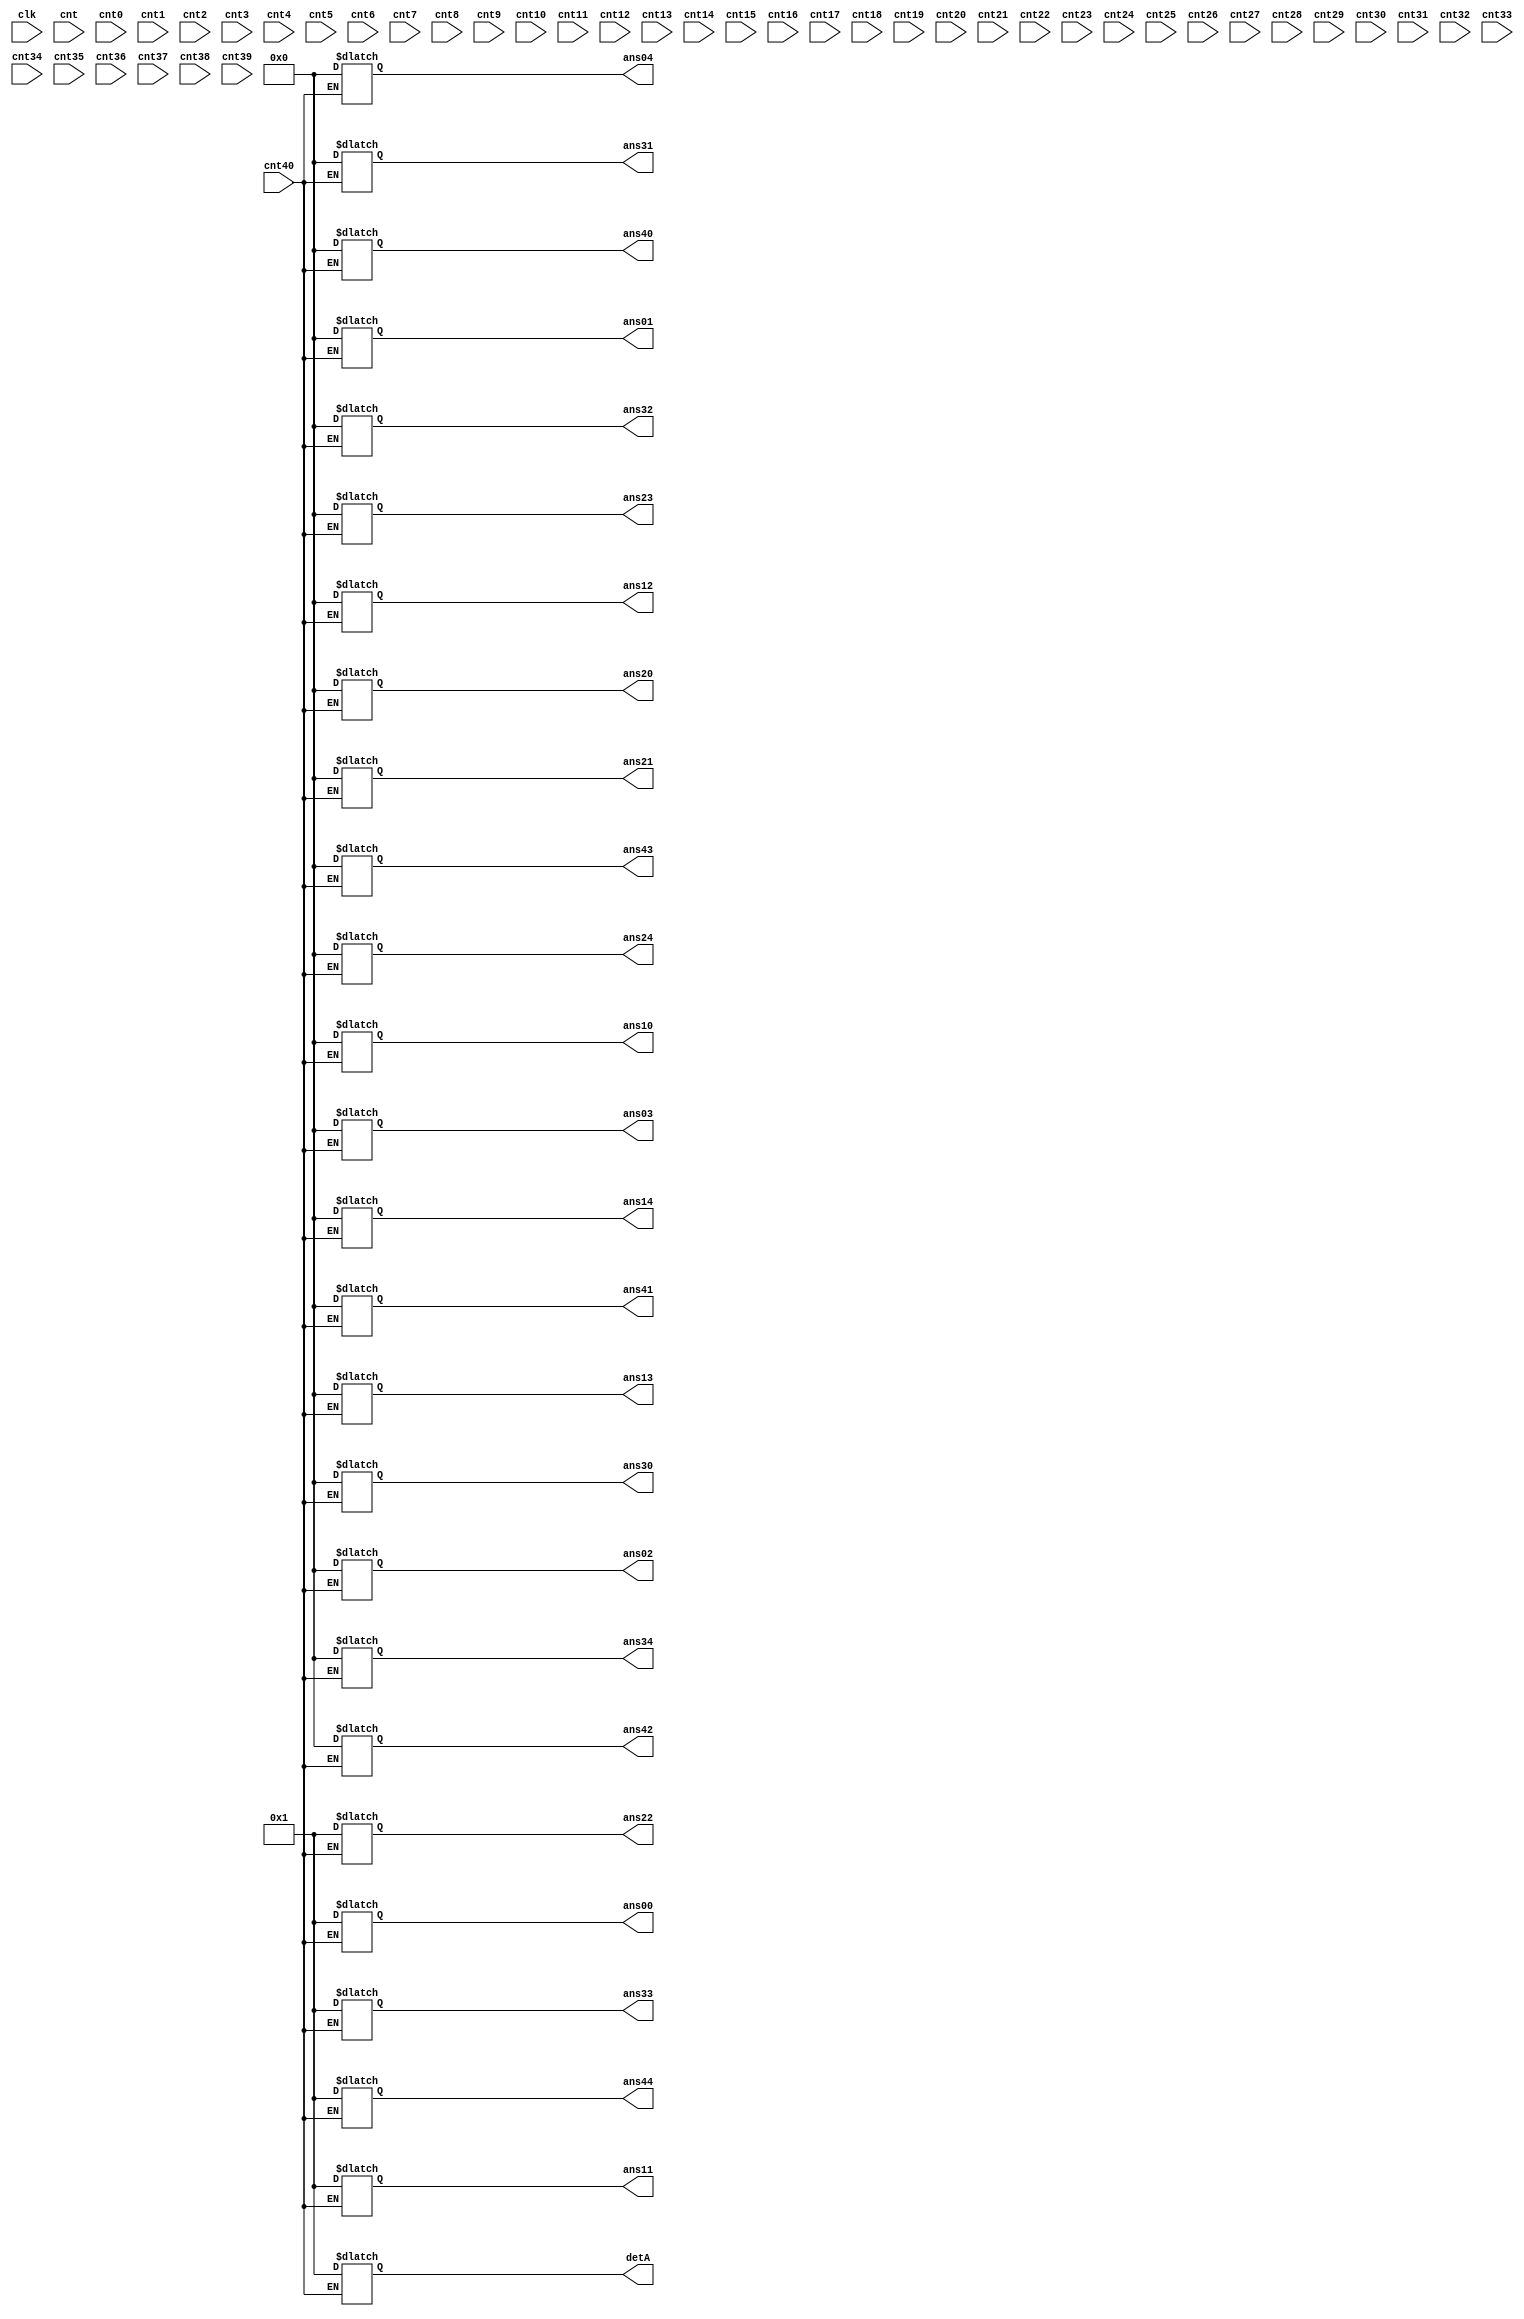
`timescale 1ns / 1ps
//////////////////////////////////////////////////////////////////////////////////
//
//
//A code which gave us Inverse of a Matrix
//
//SPECIFICATIONS : 
//		this code gives the elements of inverse matrix and its co-officient inverse
//		User can have Inverse Matrix doing inverse multiplication of DetA with output matrix
//		This output matrix is inverse of our defined matrix in varilog code
//		We can get Inverse of different matrix with changing inputs from verilog code
//		Here, ans__ is output matrix 
//		Bigger the inputs of the matrix Bigger the Detrminent and Getting the inverse matrix is more difficult
//////////////////////////////////////////////////////////////////////////////////
module matrixInversion(clk ,cnt ,cnt40 , cnt0 , cnt1 ,cnt2 ,cnt3 , cnt4 ,cnt5 ,cnt6 ,cnt7 ,cnt8 ,cnt9,cnt10 , cnt11 ,cnt12 ,cnt13 , cnt14 ,cnt15 ,cnt16 ,cnt17 ,cnt18 ,cnt19,cnt20 , cnt21 ,cnt22 ,cnt23 , cnt24 ,cnt25 ,cnt26 ,cnt27 ,cnt28 ,cnt29,cnt30 , cnt31 ,cnt32 ,cnt33 , cnt34 ,cnt35 ,cnt36 ,cnt37 ,cnt38 ,cnt39,
		detA, ans00 , ans01 , ans02, ans03, ans04, ans10 , ans11 , ans12, ans13, ans14, ans20 , ans21 , ans22, ans23, ans24, ans30 , ans31 , ans32, ans33, ans34, ans40 , ans41 , ans42, ans43, ans44);

input clk;

reg [63:0] matrix [0:24];

output reg [63:0] ans00 , ans01 , ans02, ans03, ans04;
output reg [63:0] ans10 , ans11 , ans12, ans13, ans14;
output reg [63:0] ans20 , ans21 , ans22, ans23, ans24;
output reg [63:0] ans30 , ans31 , ans32, ans33, ans34;
output reg [63:0] ans40 , ans41 , ans42, ans43, ans44;
output reg [63:0] detA;

reg [63:0] a00 , a01 , a02 , a03 , a04 ,a05 , a06 , a07 , a08 , a09;
reg [63:0] a11 , a12 , a13 , a14 , a10 ,a15 , a16 , a17 , a18 , a19;
reg [63:0] a21 , a22 , a23 , a24 , a20 ,a25 , a26 , a27 , a28 , a29;
reg [63:0] a31 , a32 , a33 , a34 , a30 ,a35 , a36 , a37 , a38 , a39;
reg [63:0] a40 , a41 , a42 , a43 , a44 ,a45 , a46 , a47 , a48 , a49;

input cnt , cnt40;
input cnt0 , cnt1 ,cnt2 ,cnt3 , cnt4 ,cnt5 ,cnt6 ,cnt7 ,cnt8 ,cnt9;
input cnt10 , cnt11 ,cnt12 ,cnt13 , cnt14 ,cnt15 ,cnt16 ,cnt17 ,cnt18 ,cnt19;
input cnt20 , cnt21 ,cnt22 ,cnt23 , cnt24 ,cnt25 ,cnt26 ,cnt27 ,cnt28 ,cnt29;
input cnt30 , cnt31 ,cnt32 ,cnt33 , cnt34 ,cnt35 ,cnt36 ,cnt37 ,cnt38 ,cnt39;

always@(cnt)
begin
	a00 = 1;
	a01 = 2;
	a02 = 0;
	a03 = 0;
	a04 = 0;

	a05 = 1;
	a06 = 0;
	a07 = 0;
	a08 = 0;
	a09 = 0;


	a10 = 0;
	a11 = 1;
	a12 = 6;
	a13 = 0;
	a14 = 0;

	a15 = 0;
	a16 = 1;
	a17 = 0;
	a18 = 0;
	a19 = 0;


	a20 = 2;
	a21 = 0;
	a22 = 1;
	a23 = 0;
	a24 = 2;

	a25 = 0;
	a26 = 0;
	a27 = 1;
	a28 = 0;
	a29 = 0;


	a30 = 0;
	a31 = 0;
	a32 = 0;
	a33 = 1;
	a34 = 0;

	a35 = 0;
	a36 = 0;
	a37 = 0;
	a38 = 1;
	a39 = 0;


	a40 = 0;
	a41 = 0;
	a42 = 0;
	a43 = 0;
	a44 = 1;

	a45 = 0;
	a46 = 0;
	a47 = 0;
	a48 = 0;
	a49 = 1;

	//cnt0 = 1;

end
////////////////////////////////////////////////////////
/////////
////////////////////////////////////////////////////////

always@(cnt0)
begin 

	if(a10!=0)
	begin
	a00 <= a00 * a10;
	a01 <= a01 * a10;
	a02 <= a02 * a10;
	a03 <= a03 * a10;
	a04 <= a04 * a10;
	a05 <= a05 * a10;
	a06 <= a06 * a10;
	a07 <= a07 * a10;
	a08 <= a08 * a10;
	a09 <= a09 * a10;

	a10 <= a10 * a00;
	a11 <= a11 * a00;
	a12 <= a12 * a00;
	a13 <= a13 * a00;
	a14 <= a14 * a00;
	a15 <= a15 * a00;
	a16 <= a16 * a00;
	a17 <= a17 * a00;
	a18 <= a18 * a00;
	a19 <= a19 * a00;
	end
	//cnt1= 1;
end

always@(cnt1)
begin
	if(a10!=0)
	begin
	a10 <= a10-a00;
	a11 <= a11-a01;
	a12 <= a12-a02;
	a13 <= a13-a03;
	a14 <= a14-a04;
	a15 <= a15-a05;
	a16 <= a16-a06;
	a17 <= a17-a07;
	a18 <= a18-a08;
	a19 <= a19-a09;
	end
	//cnt2 = 1;
end

always@(cnt2)
begin
	if(a20 != 0)
	begin
	a00 <= a00 * a20;
	a01 <= a01 * a20;
	a02 <= a02 * a20;
	a03 <= a03 * a20;
	a04 <= a04 * a20;
	a05 <= a05 * a20;
	a06 <= a06 * a20;
	a07 <= a07 * a20;
	a08 <= a08 * a20;
	a09 <= a09 * a20;

	a20 <= a20 * a00;
	a21 <= a21 * a00;
	a22 <= a22 * a00;
	a23 <= a23 * a00;
	a24 <= a24 * a00;
	a25 <= a25 * a00;
	a26 <= a26 * a00;
	a27 <= a27 * a00;
	a28 <= a28 * a00;
	a29 <= a29 * a00;
	end
	//cnt3 = 1;
end

always@(cnt3)
begin
	if(a20 != 0)
	begin

	a20 <= a20-a00;
	a21 <= a21-a01;
	a22 <= a22-a02;
	a23 <= a23-a03;
	a24 <= a24-a04;
	a25 <= a25-a05;
	a26 <= a26-a06;
	a27 <= a27-a07;
	a28 <= a28-a08;
	a29 <= a29-a09;
	end
	//cnt4 = 1;
end


always@(cnt4)
begin
	if(a30 != 0)
	begin
	
	a00 <= a00 * a30;
	a01 <= a01 * a30;
	a02 <= a02 * a30;
	a03 <= a03 * a30;
	a04 <= a04 * a30;
	a05 <= a05 * a30;
	a06 <= a06 * a30;
	a07 <= a07 * a30;
	a08 <= a08 * a30;
	a09 <= a09 * a30;

	a30 <= a30 * a00;
	a31 <= a31 * a00;
	a32 <= a32 * a00;
	a33 <= a33 * a00;
	a34 <= a34 * a00;
	a35 <= a35 * a00;
	a36 <= a36 * a00;
	a37 <= a37 * a00;
	a38 <= a38 * a00;
	a39 <= a39 * a00;
	end
	//cnt5 = 1;
end

always@(cnt5)
begin
	if(a30 != 0)
	begin

	a30 <= a30-a00;
	a31 <= a31-a01;
	a32 <= a32-a02;
	a33 <= a33-a03;
	a34 <= a34-a04;
	a35 <= a35-a05;
	a36 <= a36-a06;
	a37 <= a37-a07;
	a38 <= a38-a08;
	a39 <= a39-a09;
	end
	//cnt6 = 1;
end


always@(cnt6)
begin
	if(a40 != 0)
	begin
	
	a00 <= a00 * a40;
	a01 <= a01 * a40;
	a02 <= a02 * a40;
	a03 <= a03 * a40;
	a04 <= a04 * a40;
	a05 <= a05 * a40;
	a06 <= a06 * a40;
	a07 <= a07 * a40;
	a08 <= a08 * a40;
	a09 <= a09 * a40;

	a40 <= a40 * a00;
	a41 <= a41 * a00;
	a42 <= a42 * a00;
	a43 <= a43 * a00;
	a44 <= a44 * a00;
	a45 <= a45 * a00;
	a46 <= a46 * a00;
	a47 <= a47 * a00;
	a48 <= a48 * a00;
	a49 <= a49 * a00;
	end
	//cnt7 = 1;
end

always@(cnt7)
begin
	if(a40 != 0)
	begin

	a40 <= a40-a00;
	a41 <= a41-a01;
	a42 <= a42-a02;
	a43 <= a43-a03;
	a44 <= a44-a04;
	a45 <= a45-a05;
	a46 <= a46-a06;
	a47 <= a47-a07;
	a48 <= a48-a08;
	a49 <= a49-a09;
	end
	//cnt8 = 1;
end

/////////////////////////////////////////////////////

always@(cnt8)
begin
	if(a21 != 0)
	begin
	
	a10 <= a10 * a21;
	a11 <= a11 * a21;
	a12 <= a12 * a21;
	a13 <= a13 * a21;
	a14 <= a14 * a21;
	a15 <= a15 * a21;
	a16 <= a16 * a21;
	a17 <= a17 * a21;
	a18 <= a18 * a21;
	a19 <= a19 * a21;

	a20 <= a20 * a11;
	a21 <= a21 * a11;
	a22 <= a22 * a11;
	a23 <= a23 * a11;
	a24 <= a24 * a11;
	a25 <= a25 * a11;
	a26 <= a26 * a11;
	a27 <= a27 * a11;
	a28 <= a28 * a11;
	a29 <= a29 * a11;
	end
	//cnt9 = 1;
end

always@(cnt9)
begin
	if(a21 != 0)
	begin

	a20 <= a20-a10;
	a21 <= a21-a11;
	a22 <= a22-a12;
	a23 <= a23-a13;
	a24 <= a24-a14;
	a25 <= a25-a15;
	a26 <= a26-a16;
	a27 <= a27-a17;
	a28 <= a28-a18;
	a29 <= a29-a19;
	end
	//cnt10 = 1;
end

always@(cnt10)
begin
	if(a31 != 0)
	begin
	
	a10 <= a10 * a31;
	a11 <= a11 * a31;
	a12 <= a12 * a31;
	a13 <= a13 * a31;
	a14 <= a14 * a31;
	a15 <= a15 * a31;
	a16 <= a16 * a31;
	a17 <= a17 * a31;
	a18 <= a18 * a31;
	a19 <= a19 * a31;

	a30 <= a30 * a11;
	a31 <= a31 * a11;
	a32 <= a32 * a11;
	a33 <= a33 * a11;
	a34 <= a34 * a11;
	a35 <= a35 * a11;
	a36 <= a36 * a11;
	a37 <= a37 * a11;
	a38 <= a38 * a11;
	a39 <= a39 * a11;
	end
	//cnt11 = 1;
end

always@(cnt11)
begin
	if(a31 != 0)
	begin

	a30 <= a30-a10;
	a31 <= a31-a11;
	a32 <= a32-a12;
	a33 <= a33-a13;
	a34 <= a34-a14;
	a35 <= a35-a15;
	a36 <= a36-a16;
	a37 <= a37-a17;
	a38 <= a38-a18;
	a39 <= a39-a19;
	end
	//cnt12 = 1;
end

always@(cnt12)
begin
	if(a41 != 0)
	begin
	
	a10 <= a10 * a41;
	a11 <= a11 * a41;
	a12 <= a12 * a41;
	a13 <= a13 * a41;
	a14 <= a14 * a41;
	a15 <= a15 * a41;
	a16 <= a16 * a41;
	a17 <= a17 * a41;
	a18 <= a18 * a41;
	a19 <= a19 * a41;

	a40 <= a40 * a11;
	a41 <= a41 * a11;
	a42 <= a42 * a11;
	a43 <= a43 * a11;
	a44 <= a44 * a11;
	a45 <= a45 * a11;
	a46 <= a46 * a11;
	a47 <= a47 * a11;
	a48 <= a48 * a11;
	a49 <= a49 * a11;
	end
	//cnt13 = 1;
end

always@(cnt13)
begin
	if(a41 != 0)
	begin

	a40 <= a40-a10;
	a41 <= a41-a11;
	a42 <= a42-a12;
	a43 <= a43-a13;
	a44 <= a44-a14;
	a45 <= a45-a15;
	a46 <= a46-a16;
	a47 <= a47-a17;
	a48 <= a48-a18;
	a49 <= a49-a19;
	end
	//cnt14 = 1;
end

//////////////////////////////////////////////////

always@(cnt14)
begin
	if(a32 != 0)
	begin
	
	a20 <= a20 * a32;
	a21 <= a21 * a32;
	a22 <= a22 * a32;
	a23 <= a23 * a32;
	a24 <= a24 * a32;
	a25 <= a25 * a32;
	a26 <= a26 * a32;
	a27 <= a27 * a32;
	a28 <= a28 * a32;
	a29 <= a29 * a32;

	a30 <= a30 * a22;
	a31 <= a31 * a22;
	a32 <= a32 * a22;
	a33 <= a33 * a22;
	a34 <= a34 * a22;
	a35 <= a35 * a22;
	a36 <= a36 * a22;
	a37 <= a37 * a22;
	a38 <= a38 * a22;
	a39 <= a39 * a22;
	end
	//cnt15 = 1;
end

always@(cnt15)
begin
	if(a32 != 0)
	begin

	a30 <= a30-a20;
	a31 <= a31-a21;
	a32 <= a32-a22;
	a33 <= a33-a23;
	a34 <= a34-a24;
	a35 <= a35-a25;
	a36 <= a36-a26;
	a37 <= a37-a27;
	a38 <= a38-a28;
	a39 <= a39-a29;
	end
	//cnt16 = 1;
end

always@(cnt16)
begin
	if(a42 != 0)
	begin
	
	a20 <= a20 * a42;
	a21 <= a21 * a42;
	a22 <= a22 * a42;
	a23 <= a23 * a42;
	a24 <= a24 * a42;
	a25 <= a25 * a42;
	a26 <= a26 * a42;
	a27 <= a27 * a42;
	a28 <= a28 * a42;
	a29 <= a29 * a42;

	a40 <= a40 * a22;
	a41 <= a41 * a22;
	a42 <= a42 * a22;
	a43 <= a43 * a22;
	a44 <= a44 * a22;
	a45 <= a45 * a22;
	a46 <= a46 * a22;
	a47 <= a47 * a22;
	a48 <= a48 * a22;
	a49 <= a49 * a22;
	end
	//cnt17 = 1;
end

always@(cnt17)
begin
	if(a42 != 0)
	begin

	a40 <= a40-a20;
	a41 <= a41-a21;
	a42 <= a42-a22;
	a43 <= a43-a23;
	a44 <= a44-a24;
	a45 <= a45-a25;
	a46 <= a46-a26;
	a47 <= a47-a27;
	a48 <= a48-a28;
	a49 <= a49-a29;
	end
	//cnt18 = 1;
end


//////////////////////////////////////////////////

always@(cnt18)
begin
	if(a43 != 0)
	begin
	
	a30 <= a30 * a43;
	a31 <= a31 * a43;
	a32 <= a32 * a43;
	a33 <= a33 * a43;
	a34 <= a34 * a43;
	a35 <= a35 * a43;
	a36 <= a36 * a43;
	a37 <= a37 * a43;
	a38 <= a38 * a43;
	a39 <= a39 * a43;

	a40 <= a40 * a33;
	a41 <= a41 * a33;
	a42 <= a42 * a33;
	a43 <= a43 * a33;
	a44 <= a44 * a33;
	a45 <= a45 * a33;
	a46 <= a46 * a33;
	a47 <= a47 * a33;
	a48 <= a48 * a33;
	a49 <= a49 * a33;
	end
	//cnt19 = 1;
end

always@(cnt19)
begin
	if(a43 != 0)
	begin

	a40 <= a40-a30;
	a41 <= a41-a31;
	a42 <= a42-a32;
	a43 <= a43-a33;
	a44 <= a44-a34;
	a45 <= a45-a35;
	a46 <= a46-a36;
	a47 <= a47-a37;
	a48 <= a48-a38;
	a49 <= a49-a39;
	end
	//cnt20 = 1;
end

//////////////////////////////////////////////////////////
/////////
//////////////////////////////////////////////////////////

always@(cnt20)
begin
	if(a34 != 0)
	begin 

	a40 <= a40 * a34;
	a41 <= a41 * a34;
	a42 <= a42 * a34;
	a43 <= a43 * a34;
	a44 <= a44 * a34;
	a45 <= a45 * a34;
	a46 <= a46 * a34;
	a47 <= a47 * a34;
	a48 <= a48 * a34;
	a49 <= a49 * a34;
	
	a30 <= a30 * a44;
	a31 <= a31 * a44;
	a32 <= a32 * a44;
	a33 <= a33 * a44;
	a34 <= a34 * a44;
	a35 <= a35 * a44;
	a36 <= a36 * a44;
	a37 <= a37 * a44;
	a38 <= a38 * a44;
	a39 <= a39 * a44;
	end
	//cnt21 = 1;
end

always@(cnt21)
begin
	if(a34 != 0)
	begin
	
	a30 <= a30-a40;
	a31 <= a31-a41;
	a32 <= a32-a42;
	a33 <= a33-a43;
	a34 <= a34-a44;
	a35 <= a35-a45;
	a36 <= a36-a46;
	a37 <= a37-a47;
	a38 <= a38-a48;
	a39 <= a39-a49;
	end
	//cnt22 = 1;
end

always@(cnt22)
begin
	if(a24 != 0)
	begin 

	a40 <= a40 * a24;
	a41 <= a41 * a24;
	a42 <= a42 * a24;
	a43 <= a43 * a24;
	a44 <= a44 * a24;
	a45 <= a45 * a24;
	a46 <= a46 * a24;
	a47 <= a47 * a24;
	a48 <= a48 * a24;
	a49 <= a49 * a24;
	
	a20 <= a20 * a44;
	a21 <= a21 * a44;
	a22 <= a22 * a44;
	a23 <= a23 * a44;
	a24 <= a24 * a44;
	a25 <= a25 * a44;
	a26 <= a26 * a44;
	a27 <= a27 * a44;
	a28 <= a28 * a44;
	a29 <= a29 * a44;
	end
	//cnt23 = 1;
end

always@(cnt23)
begin
	if(a24 != 0)
	begin
	
	a20 <= a20-a40;
	a21 <= a21-a41;
	a22 <= a22-a42;
	a23 <= a23-a43;
	a24 <= a24-a44;
	a25 <= a25-a45;
	a26 <= a26-a46;
	a27 <= a27-a47;
	a28 <= a28-a48;
	a29 <= a29-a49;
	end
	//cnt24 = 1;
end

always@(cnt24)
begin
	if(a14 != 0)
	begin 

	a40 <= a40 * a14;
	a41 <= a41 * a14;
	a42 <= a42 * a14;
	a43 <= a43 * a14;
	a44 <= a44 * a14;
	a45 <= a45 * a14;
	a46 <= a46 * a14;
	a47 <= a47 * a14;
	a48 <= a48 * a14;
	a49 <= a49 * a14;
	
	a10 <= a10 * a44;
	a11 <= a11 * a44;
	a12 <= a12 * a44;
	a13 <= a13 * a44;
	a14 <= a14 * a44;
	a15 <= a15 * a44;
	a16 <= a16 * a44;
	a17 <= a17 * a44;
	a18 <= a18 * a44;
	a19 <= a19 * a44;
	end
	//cnt25 = 1;
end

always@(cnt25)
begin
	if(a14 != 0)
	begin
	
	a10 <= a10-a40;
	a11 <= a11-a41;
	a12 <= a12-a42;
	a13 <= a13-a43;
	a14 <= a14-a44;
	a15 <= a15-a45;
	a16 <= a16-a46;
	a17 <= a17-a47;
	a18 <= a18-a48;
	a19 <= a19-a49;
	end
	//cnt26 = 1;
end

always@(cnt26)
begin
	if(a04 != 0)
	begin 

	a40 <= a40 * a04;
	a41 <= a41 * a04;
	a42 <= a42 * a04;
	a43 <= a43 * a04;
	a44 <= a44 * a04;
	a45 <= a45 * a04;
	a46 <= a46 * a04;
	a47 <= a47 * a04;
	a48 <= a48 * a04;
	a49 <= a49 * a04;

	a00 <= a00 * a44;
	a01 <= a01 * a44;
	a02 <= a02 * a44;
	a03 <= a03 * a44;
	a04 <= a04 * a44;
	a05 <= a05 * a44;
	a06 <= a06 * a44;
	a07 <= a07 * a44;
	a08 <= a08 * a44;
	a09 <= a09 * a44;
	end
	//cnt27 = 1;
end

always@(cnt27)
begin
	if(a04 != 0)
	begin
	
	a00 <= a00-a40;
	a01 <= a01-a41;
	a02 <= a02-a42;
	a03 <= a03-a43;
	a04 <= a04-a44;
	a05 <= a05-a45;
	a06 <= a06-a46;
	a07 <= a07-a47;
	a08 <= a08-a48;
	a09 <= a09-a49;
	end
	//cnt28 = 1;
end

////////////////////////////////////////////////

always@(cnt28)
begin
	if(a23 != 0)
	begin

	a30 <= a30 * a23;
	a31 <= a31 * a23;
	a32 <= a32 * a23;
	a33 <= a33 * a23;
	a34 <= a34 * a23;
	a35 <= a35 * a23;
	a36 <= a36 * a23;
	a37 <= a37 * a23;
	a38 <= a38 * a23;
	a39 <= a39 * a23;
	
	a20 <= a20 * a33;
	a21 <= a21 * a33;
	a22 <= a22 * a33;
	a23 <= a23 * a33;
	a24 <= a24 * a33;
	a25 <= a25 * a33;
	a26 <= a26 * a33;
	a27 <= a27 * a33;
	a28 <= a28 * a33;
	a29 <= a29 * a33;
	end
	//cnt29 = 1;
end

always@(cnt29)
begin
	if(a23 != 0)
	begin
	
	a20 <= a20-a30;
	a21 <= a21-a31;
	a22 <= a22-a32;
	a23 <= a23-a33;
	a24 <= a24-a34;
	a25 <= a25-a35;
	a26 <= a26-a36;
	a27 <= a27-a37;
	a28 <= a28-a38;
	a29 <= a29-a39;
	end
	//cnt30 = 1;
end

always@(cnt30)
begin
	if(a13 != 0)
	begin

	a30 <= a30 * a13;
	a31 <= a31 * a13;
	a32 <= a32 * a13;
	a33 <= a33 * a13;
	a34 <= a34 * a13;
	a35 <= a35 * a13;
	a36 <= a36 * a13;
	a37 <= a37 * a13;
	a38 <= a38 * a13;
	a39 <= a39 * a13;
	
	a10 <= a10 * a33;
	a11 <= a11 * a33;
	a12 <= a12 * a33;
	a13 <= a13 * a33;
	a14 <= a14 * a33;
	a15 <= a15 * a33;
	a16 <= a16 * a33;
	a17 <= a17 * a33;
	a18 <= a18 * a33;
	a19 <= a19 * a33;
	end
	//cnt31 = 1;
end

always@(cnt31)
begin
	if(a13 != 0)
	begin
	
	a10 <= a10-a30;
	a11 <= a11-a31;
	a12 <= a12-a32;
	a13 <= a13-a33;
	a14 <= a14-a34;
	a15 <= a15-a35;
	a16 <= a16-a36;
	a17 <= a17-a37;
	a18 <= a18-a38;
	a19 <= a19-a39;
	end
	//cnt32 = 1;
end

always@(cnt32)
begin
	if(a03 != 0)
	begin

	a30 <= a30 * a03;
	a31 <= a31 * a03;
	a32 <= a32 * a03;
	a33 <= a33 * a03;
	a34 <= a34 * a03;
	a35 <= a35 * a03;
	a36 <= a36 * a03;
	a37 <= a37 * a03;
	a38 <= a38 * a03;
	a39 <= a39 * a03;
	
	a00 <= a00 * a33;
	a01 <= a01 * a33;
	a02 <= a02 * a33;
	a03 <= a03 * a33;
	a04 <= a04 * a33;
	a05 <= a05 * a33;
	a06 <= a06 * a33;
	a07 <= a07 * a33;
	a08 <= a08 * a33;
	a09 <= a09 * a33;
	end
	//cnt33 = 1;
end

always@(cnt33)
begin
	if(a03 != 0)
	begin
	
	a00 <= a00-a30;
	a01 <= a01-a31;
	a02 <= a02-a32;
	a03 <= a03-a33;
	a04 <= a04-a34;
	a05 <= a05-a35;
	a06 <= a06-a36;
	a07 <= a07-a37;
	a08 <= a08-a38;
	a09 <= a09-a39;
	end
	//cnt34 = 1;
end

//////////////////////////////////////////////////

always@(cnt34)
begin
	if(a12 != 0)
	begin

	a20 <= a20 * a12;
	a21 <= a21 * a12;
	a22 <= a22 * a12;
	a23 <= a23 * a12;
	a24 <= a24 * a12;
	a25 <= a25 * a12;
	a26 <= a26 * a12;
	a27 <= a27 * a12;
	a28 <= a28 * a12;
	a29 <= a29 * a12;
	
	a10 <= a10 * a22;
	a11 <= a11 * a22;
	a12 <= a12 * a22;
	a13 <= a13 * a22;
	a14 <= a14 * a22;
	a15 <= a15 * a22;
	a16 <= a16 * a22;
	a17 <= a17 * a22;
	a18 <= a18 * a22;
	a19 <= a19 * a22;
	end
	//cnt35 = 1;
end

always@(cnt35)
begin
	if(a12 != 0)
	begin
	
	a10 <= a10-a20;
	a11 <= a11-a21;
	a12 <= a12-a22;
	a13 <= a13-a23;
	a14 <= a14-a24;
	a15 <= a15-a25;
	a16 <= a16-a26;
	a17 <= a17-a27;
	a18 <= a18-a28;
	a19 <= a19-a29;
	end
	//cnt36= 1;
end

always@(cnt36)
begin
	if(a02 != 0)
	begin

	a20 <= a20 * a02;
	a21 <= a21 * a02;
	a22 <= a22 * a02;
	a23 <= a23 * a02;
	a24 <= a24 * a02;
	a25 <= a25 * a02;
	a26 <= a26 * a02;
	a27 <= a27 * a02;
	a28 <= a28 * a02;
	a29 <= a29 * a02;
	
	a00 <= a00 * a22;
	a01 <= a01 * a22;
	a02 <= a02 * a22;
	a03 <= a03 * a22;
	a04 <= a04 * a22;
	a05 <= a05 * a22;
	a06 <= a06 * a22;
	a07 <= a07 * a22;
	a08 <= a08 * a22;
	a09 <= a09 * a22;
	end
	//cnt37 = 1;
end

always@(cnt37)
begin
	if(a02 != 0)
	begin
	
	a00 <= a00-a30;
	a01 <= a01-a31;
	a02 <= a02-a32;
	a03 <= a03-a33;
	a04 <= a04-a34;
	a05 <= a05-a35;
	a06 <= a06-a36;
	a07 <= a07-a37;
	a08 <= a08-a38;
	a09 <= a09-a39;
	end
	//cnt38= 1;
end

//////////////////////////////////////////////////////

always@(cnt38)
begin
	if(a01 != 0)
	begin
	
	a10 <= a10 * a01;
	a11 <= a11 * a01;
	a12 <= a12 * a01;
	a13 <= a13 * a01;
	a14 <= a14 * a01;
	a15 <= a15 * a01;
	a16 <= a16 * a01;
	a17 <= a17 * a01;
	a18 <= a18 * a01;
	a19 <= a19 * a01;
	
	a00 <= a00 * a11;
	a01 <= a01 * a11;
	a02 <= a02 * a11;
	a03 <= a03 * a11;
	a04 <= a04 * a11;
	a05 <= a05 * a11;
	a06 <= a06 * a11;
	a07 <= a07 * a11;
	a08 <= a08 * a11;
	a09 <= a09 * a11;
	end
	//cnt39 = 1;
	
end

always@(cnt39)
begin
	if(a01 != 0)
	begin
	
	a00 <= a00 - a10;
	a01 <= a01 - a11;
	a02 <= a02 - a12;
	a03 <= a03 - a13;
	a04 <= a04 - a14;
	a05 <= a05 - a15;
	a06 <= a06 - a16;
	a07 <= a07 - a17;
	a08 <= a08 - a18;
	a09 <= a09 - a19;
	end
end

always@(cnt40)
begin
	
	if(cnt40 == 1'b1)
	begin
		ans00 <= a05;
		ans01 <= a06;
		ans02 <= a07;
		ans03 <= a08;
		ans04 <= a09;
		
		
		ans10 <= a15;
		ans11 <= a16;
		ans12 <= a17;
		ans13 <= a18;
		ans14 <= a19;
		
		
		ans20 <= a25;
		ans21 <= a26;
		ans22 <= a27;
		ans23 <= a28;
		ans24 <= a29;
		
		ans30 <= a35;
		ans31 <= a36;
		ans32 <= a37;
		ans33 <= a38;
		ans34 <= a39;
		
		
		ans40 <= a45;
		ans41 <= a46;
		ans42 <= a47;
		ans43 <= a48;
		ans44 <= a49;
		
		detA = (((a00 * a11) * (a22 * a33)) * a44);
	end
end

endmodule